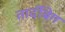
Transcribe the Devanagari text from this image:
तार्दीबेग